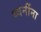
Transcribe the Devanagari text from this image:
ध्वनींना